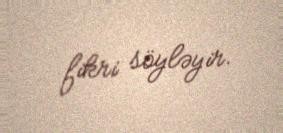
fikri söyləyir.